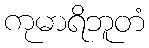
ကုမာရိဘူတံ